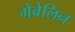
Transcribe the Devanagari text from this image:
गेबेलिन